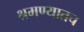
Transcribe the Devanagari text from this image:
श्रमण्यातच